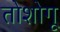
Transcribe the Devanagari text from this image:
तोशोगू